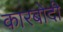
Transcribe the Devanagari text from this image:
कारबोदी